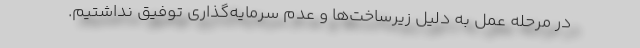
در مرحله عمل به دلیل زیرساخت‌ها و عدم سرمایه‌گذاری توفیق نداشتیم.